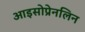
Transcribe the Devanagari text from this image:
आइसोप्रेनलिन